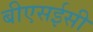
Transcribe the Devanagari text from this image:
बीएसईसी